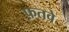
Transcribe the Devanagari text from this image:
फ़तवे